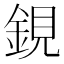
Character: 鋧